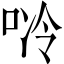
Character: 唥